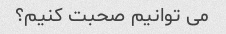
می توانیم صحبت کنیم؟